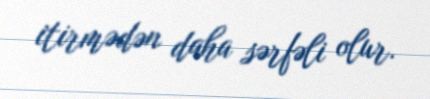
itirmədən daha sərfəli olur.